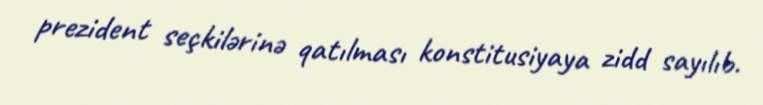
prezident seçkilərinə qatılması konstitusiyaya zidd sayılıb.